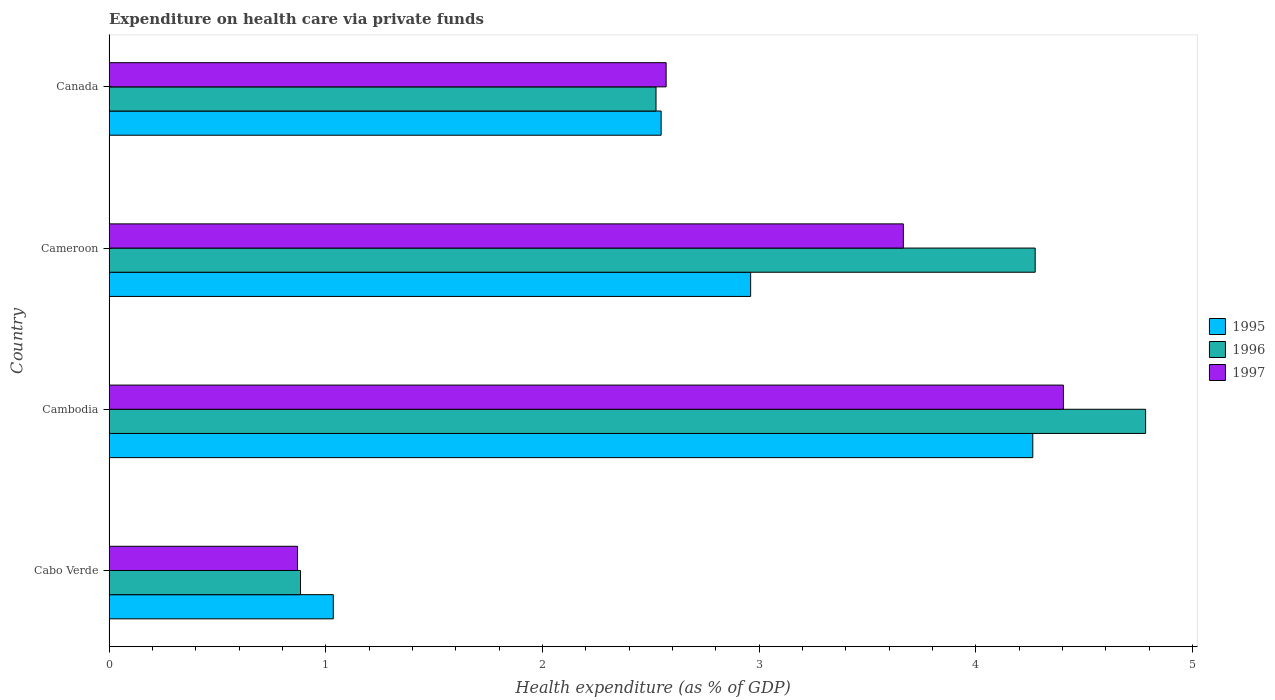
| Country | 1995 | 1996 | 1997 |
 | --- | --- | --- | --- |
 | Cabo Verde | 1.03 | 0.884 | 0.87 |
 | Cambodia | 4.26 | 4.78 | 4.4 |
 | Cameroon | 2.96 | 4.27 | 3.67 |
 | Canada | 2.55 | 2.52 | 2.57 |